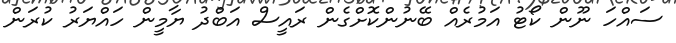
ސައްހަ ނޫން ކޯޓު އަމުރެއް ބޭނުންކޮށްގެން ރައީސް އަބްދު ޔާމީން ހައްޔަރު ކުރަން